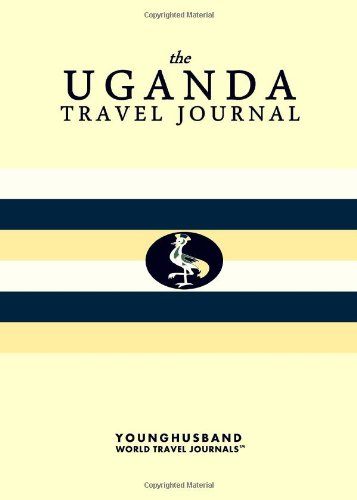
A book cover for The Uganda Travel Journal; Younghusband World Travel Journals; Travel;